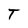
Character: T